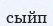
сыйп